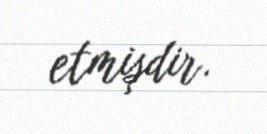
etmişdir.